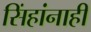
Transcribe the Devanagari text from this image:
सिंहांनाही